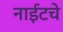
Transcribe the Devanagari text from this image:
नाईटचे